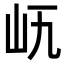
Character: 𡵐